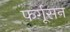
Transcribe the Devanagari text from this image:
फर्गूसन